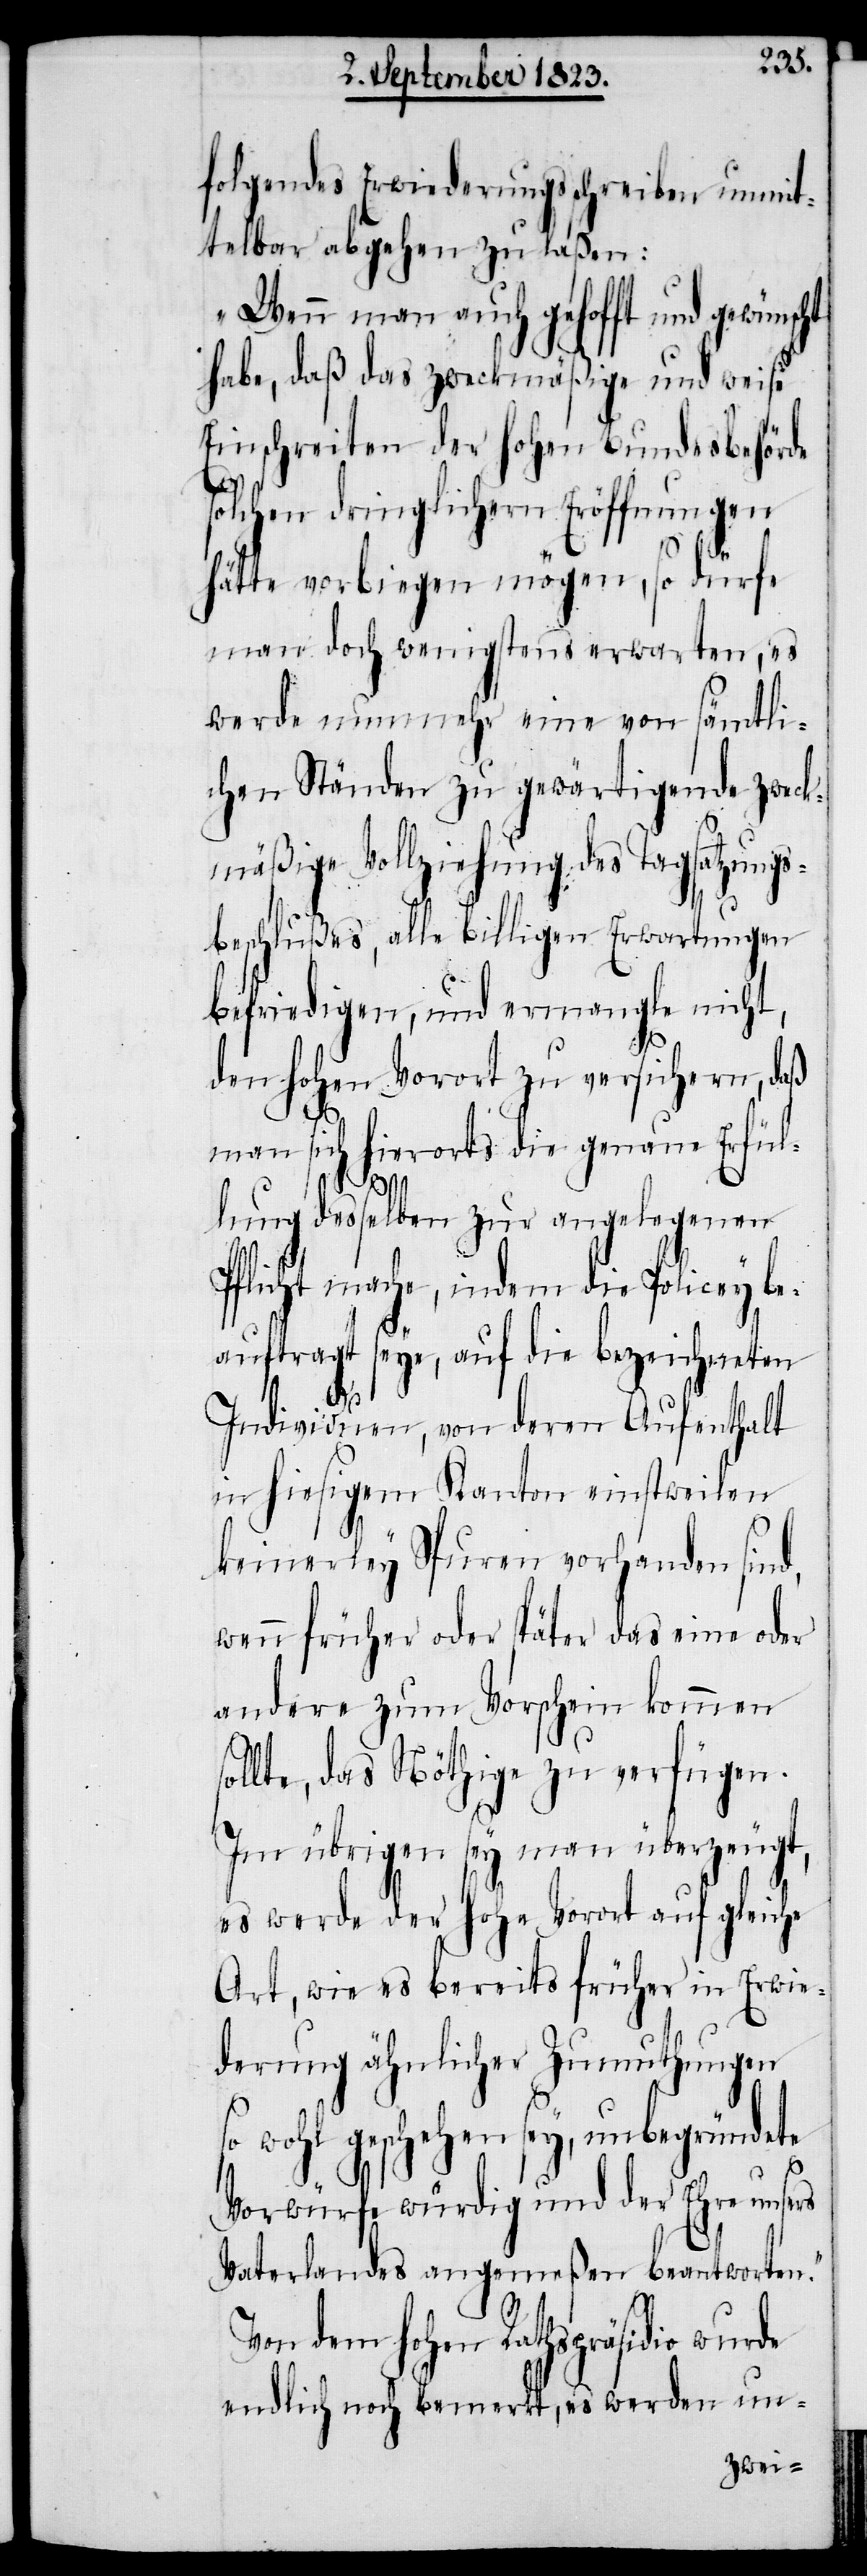
folgendes Erwiederungsschreiben unmit¬
telbar abgehen zu laßen:
„Wenn man auch gehofft und gewünsc¬
habe, daß das zweckmäßige und weise
Einschreiten der hohen Bundesbehörde
solchen dringlichern Eröffnungen
hätte vorbiegen mögen, so dürfe
man doch wenigstens erwarten, es
werde nunmehr eine von sämtli¬
chen Ständen zu gewärtigende zweck¬
mäßige Vollziehung des Tagsatzungs¬
beschlußes, alle billigen Erwartungen
befriedigen, und ermangle nicht,
den hohen Vorort zu versichern, daß
man sich hierorts die genaue Erfül¬
lung desselben zur angelegenen
Pflicht mache, indem die Policey be¬
auftragt seye, auf die bezeichneten
so¬
Individuen, von deren Aufenthalt
in hiesigem Kanton einstweilen
keinerley Spuren vorhanden sind,
wenn früher oder später das eine oder
andere zum Vorschein kommen
llte, das Nöthige zu verfügen.
Im übrigen sey man überzeugt,
es werde der hohe Vorort auf gleiche
Art, wie es bereits früher in Erwie¬
derung ähnlicher Zumuthungen
so wohl geschehen sey, unbegründete
Vorwürfe würdig und der Ehre unsers
Vaterlandes angemeßen beantworten.“
Von dem hohen Rathspräsidio wurde
endlich noch bemerkt, es werden un-